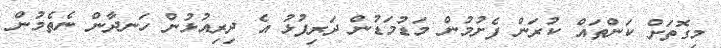
މިގޮތަށް ކަންތައް ކުރަން ފެށުމުން މަޑުމަޑުން ދަރިފުޅު އެ ދިރިއުޅުން ހަނދާން ނެތެމުން